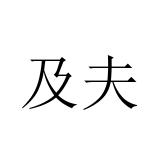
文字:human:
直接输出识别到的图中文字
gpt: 及夫